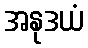
အနုဒယံ